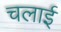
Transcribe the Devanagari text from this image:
चलार्इ